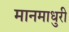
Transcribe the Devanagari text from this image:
मानमाधुरी